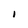
Character: I